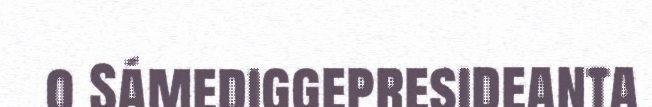
o Sámediggepresideanta